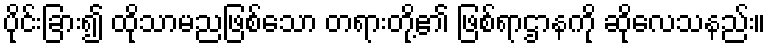
ပိုင်းခြား၍ ထိုသာမညဖြစ်သော တရားတို့၏ ဖြစ်ရာဌာနကို ဆိုလေသနည်း။